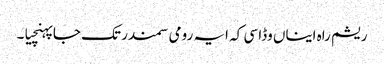
ریشم راہ ایناں وڈا سی کہ ایہ رومی سمندر تک جا پہنچیا۔